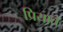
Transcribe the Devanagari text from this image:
प्रियाते